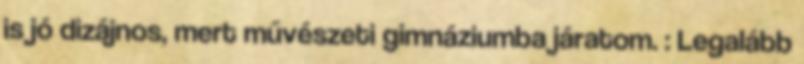
is jó dizájnos, mert művészeti gimnáziumba járatom. : Legalább